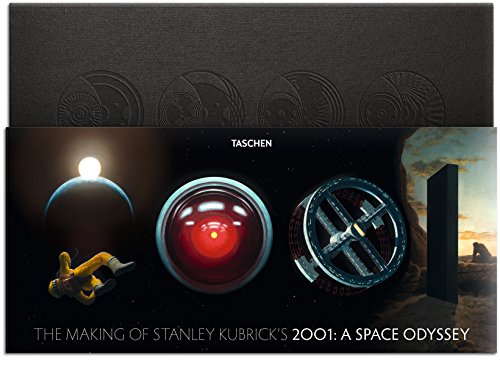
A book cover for The Making of Stanley Kubrick's '2001: A Space Odyssey'; Piers Bizony; Humor & Entertainment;